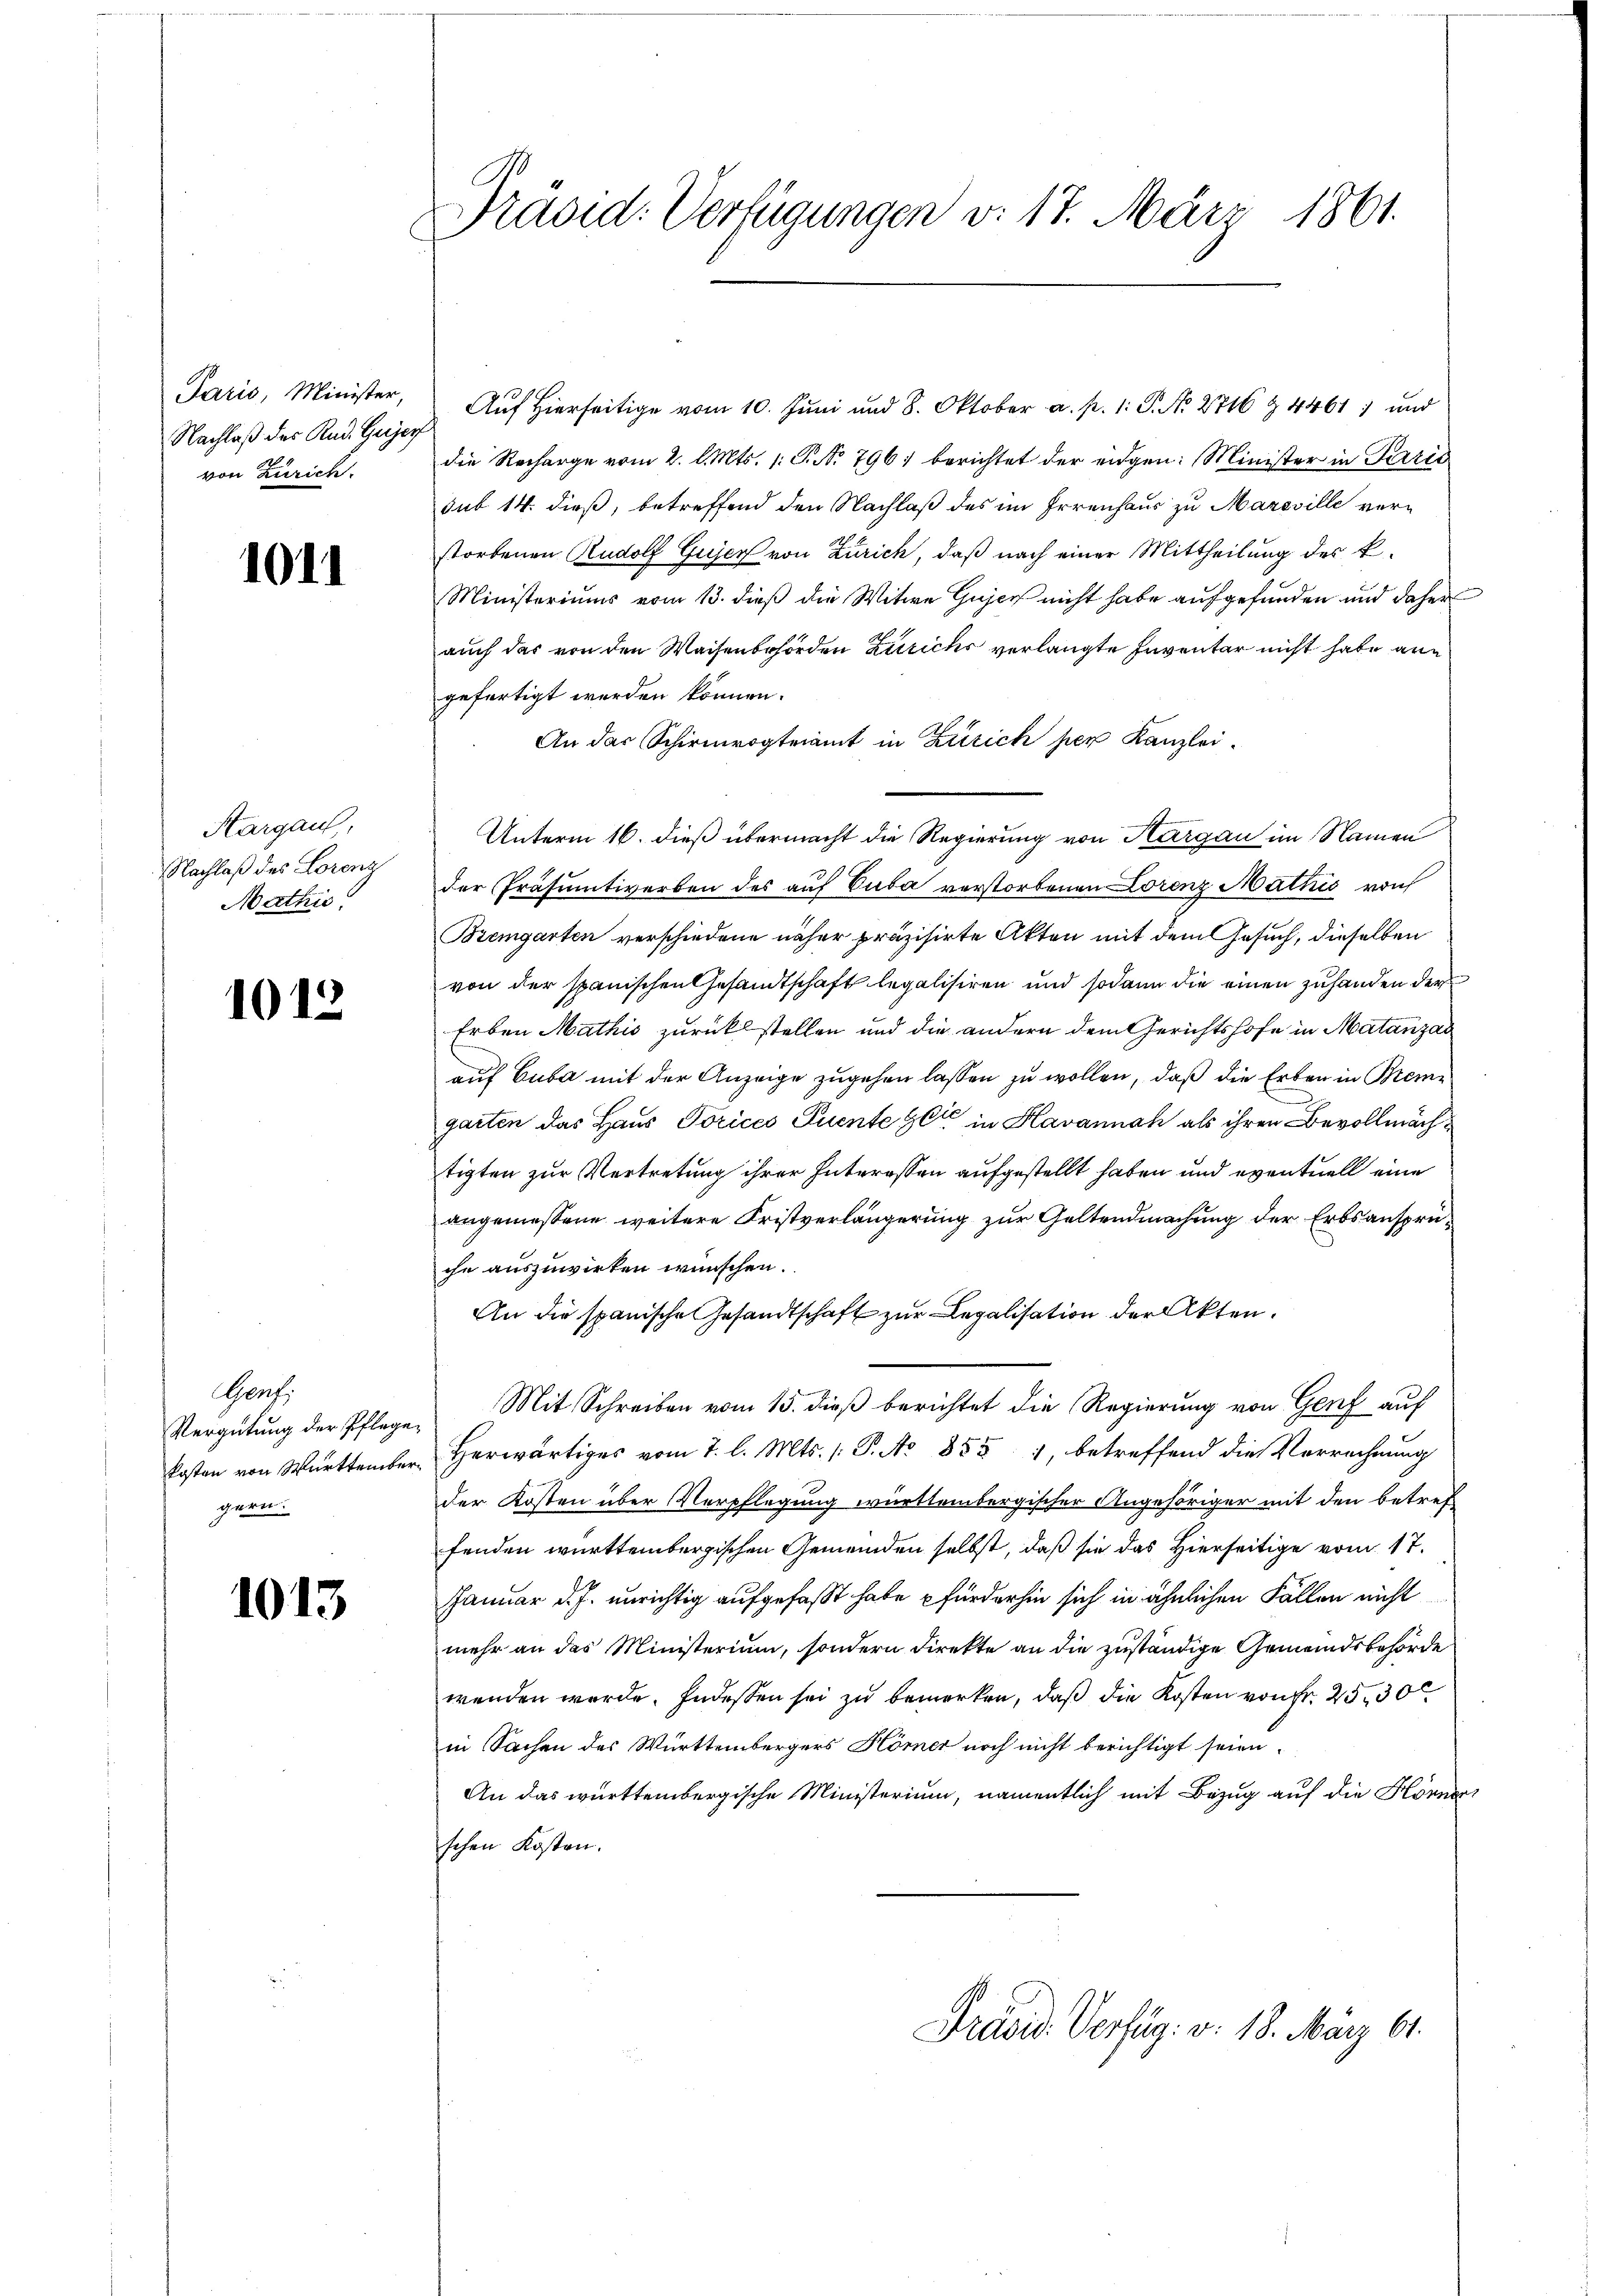
Paris, Minister,
Nachlaß des Rud. Gujer
von Zürich.

1011

Kargau,
Nachlaß des Lorenz
Mathis

1012

Genf.
Vergütung der Pflegekosten von Württembergern.

1013

Pradid: Verfügungen v. 17. März 1861.

Auf Hierseitige vom 10. Juni und 8. Oktober a. p. 1. P. No. 2746 & 4461, und
die Recharge vom 2. l. Mts. 1. P. No. 796) berichtet der eidgen: Minister in Perić
sub 14. dieß, betreffend den Nachlaß des im Irrenhaus zu Mareville verstorbenen Rudolf Gujer von Zürich, daß nach einer Mittheilung des k.
Ministeriums vom 13. dieß die Witwe Gujer nicht habe aufgefunden und daher
auch das von den Waisenbehörden Zürichs verlangte Inventar nicht habe ane
gefertigt werden können.
An das Schirmvogteiamt in Zürich per Kanzlei.
Unterm 16. dieß übermacht die Regierung von Kargau im Namen
der Präsumtiverben des auf Cuba verstorbenen Lorenz Mathis von
Bremgarten verschiedene näher präzisirte Akten mit dem Gesuch, dieselben
von der spanischen Gesandtschaft legalisiren und sodann die einen zuhanden der
Erben Mathis zurückstellen und die andern dem Gerichtshofe in Matanzan
auf Cuba mit der Anzeige zugehen lassen zu wollen, daß die Erben in Breme
garten das Haus Torices Tuente gli in Havannah als ihren Bevollmächtigten zur Vertretung ihrer Interessen aufgestellt haben und eventuell eine
angemessene weitere Fristverlängerung zur Geltendmachung der Erbsansprüche auszuwirken wünschen.
An die spanische Gesandtschaft zur Legalisation der Akten.
Mit Schreiben vom 15. dieß berichtet die Regierung von Genf auf
Herwärtiges vom 7. l. Mts. /: P. No 855 1, betreffend die Vorrechnung
der Kosten über Verpflegung württembergischer Angehöriger mit den betreffenden württembergischen Gemeinden selbst, daß sie das Hierseitige vom 17.
Januar d. J. unrichtig aufgefaßt habe pfürderhin sich in ähnlichen Fällen nicht
mehr an das Ministerium, sondern direkte an die zuständige Gemeindsbehörde
wenden werde. Indessen sei zu bemerken, daß die Kosten von Fr. 25, 30
in Sachen des Württembergers Hömer noch nicht berichtigt seien.
An das württembergische Ministerium, namentlich mit Bezug auf die Hörneri
schen Kosten.

Präsid. Verfüg. v. 18. März 91.